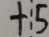
+ : 5